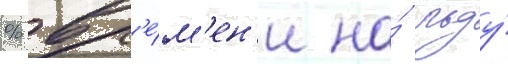
% вр'е́м'ен'и на́ льду́